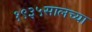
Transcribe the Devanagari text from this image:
१९३५सालच्या